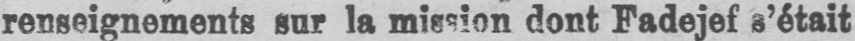
renseignements sur la mission dont Fadejef s’était